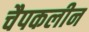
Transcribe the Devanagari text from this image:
चैपकलीन